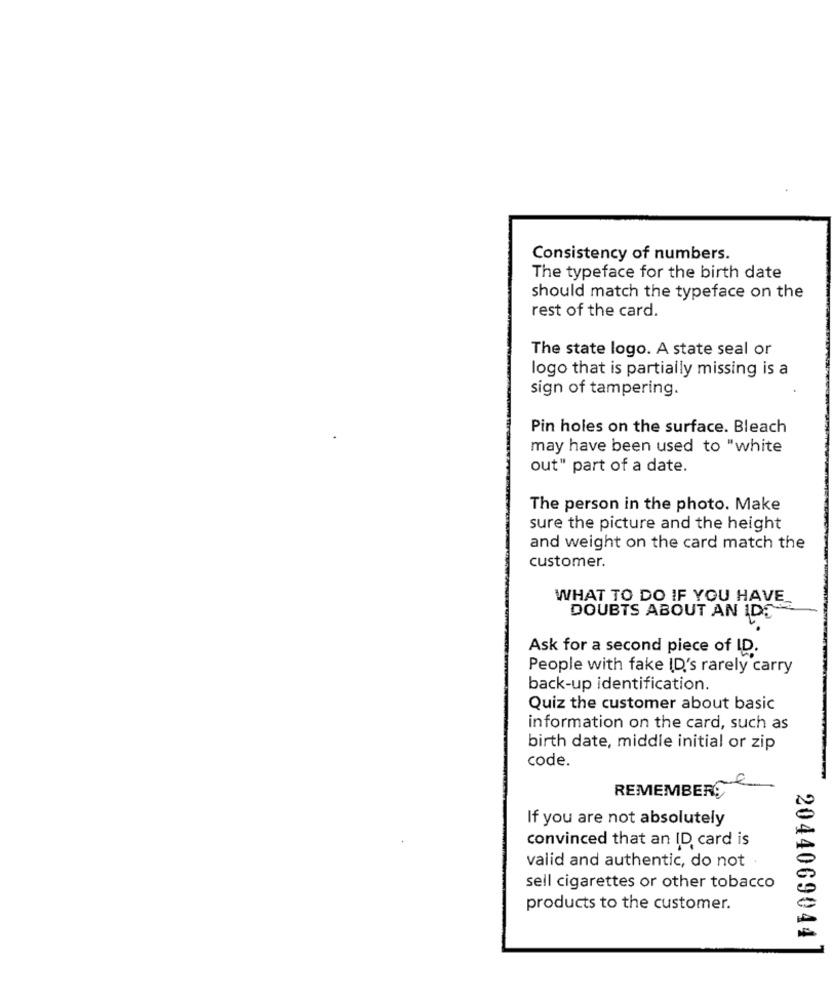
Consistency of numbers.
The typeface for the birth date
should match the typeface on the
rest of the card.
The state logo. A state seal or
logo that is partially missing is a
sign of tampering.
Pin holes on the surface. Bleach
may have been used to "white
out" part of a date.
The person in the photo. Make
sure the picture and the height
and weight on the card match the
customer.
WHAT TO DO IF YOU HAVE
DOUBTS ABOUT AN ID
Ask for a second piece of ID.
People with fake ID's rarely carry
back-up identification.
Quiz the customer about basic
information on the card, such as
birth date, middle initial or zip
code.
REMEMBER9
If you are not absolutely
convinced that an ID card is
valid and authentic, do not
sell cigarettes or other tobacco
products to the customer.
2044069044